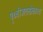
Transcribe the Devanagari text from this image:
पृथ्वीजरासोकाव्य